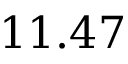
1 1 . 4 7